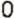
0